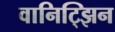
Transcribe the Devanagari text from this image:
वानिट्झिन